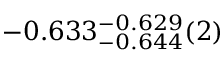
- 0 . 6 3 3 _ { - 0 . 6 4 4 } ^ { - 0 . 6 2 9 } ( 2 )